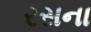
રસના